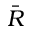
\bar { R }